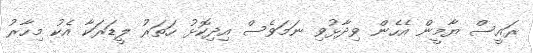
ރައީސް ޔާމީން އެހެން ވިދާޅުވި ނަމަވެސް އިދިކޮޅު ހަތަރު ލީޑަރަކާ އެކު މިހާރު